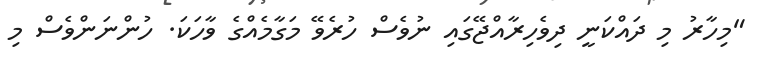
"މިހާރު މި ދައްކަނީ ދިވެހިރާއްޖޭގައި ނުވެސް ހުރެވޭ މަގާމެއްގެ ވާހަކަ. ހުންނަންވެސް މި